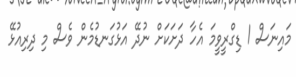
މައިނަސް 1 ޑިގްރީވީމަ އެހާ ދަށަކަށް ނުދޭ އަޅުގަނޑުމެން ވެސް މި ދިރިއުޅޭ